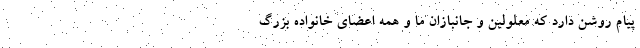
پیام روشن دارد که معلولین و جانبازان ما و همه اعضای خانواده بزرگ